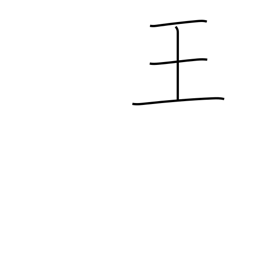
Meaning: magnate